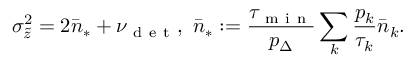
\sigma _ { \tilde { z } } ^ { 2 } = 2 \bar { n } _ { \ast } + \nu _ { \mathrm { ~ d ~ e ~ t ~ } } , ~ \bar { n } _ { \ast } : = \frac { \tau _ { \mathrm { ~ m ~ i ~ n ~ } } } { p _ { \Delta } } \sum _ { k } \frac { p _ { k } } { \tau _ { k } } \bar { n } _ { k } .